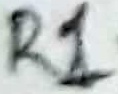
Text: R1